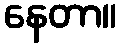
နေတာ။